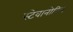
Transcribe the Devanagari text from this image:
स्टेवानोविच